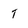
Character: T